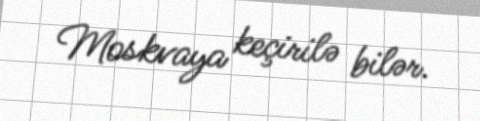
Moskvaya keçirilə bilər.